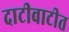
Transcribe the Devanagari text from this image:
दाटीवाटीत